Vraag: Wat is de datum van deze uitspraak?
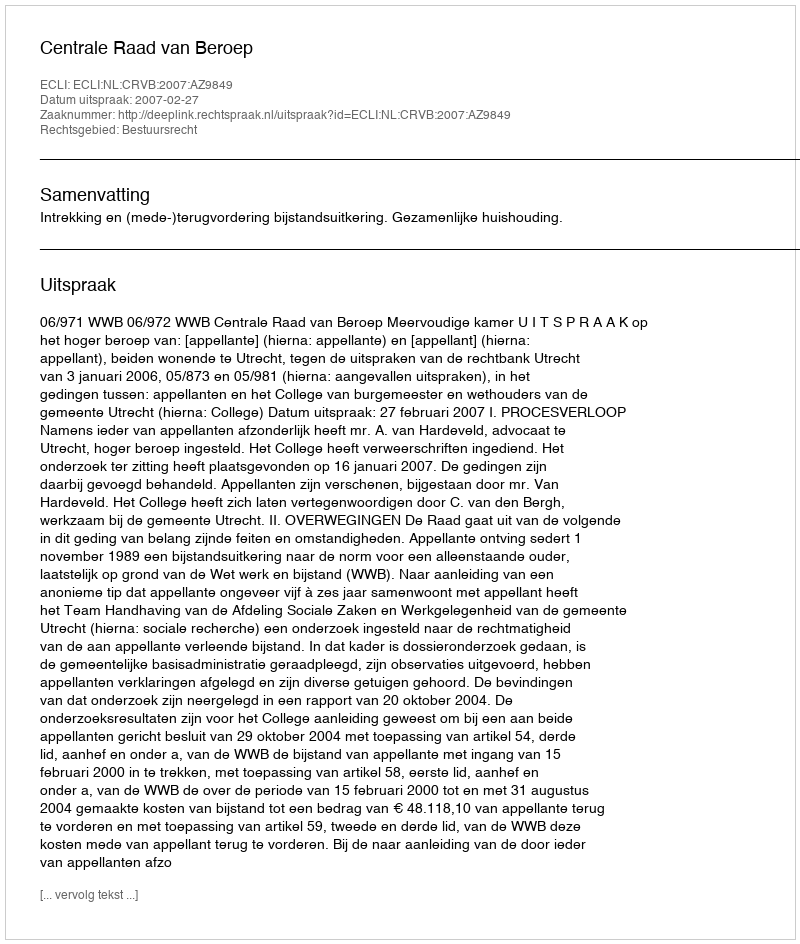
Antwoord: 2007-02-27